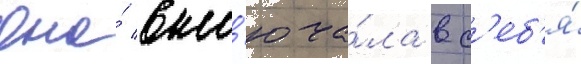
Она́ вкл'юча́ла в с'еб'я́